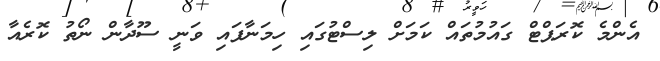
އެންމެ ކޮރަޕްޓް ގައުމުތައް ކަމަށް ލިސްޓުގައި ހިމަނާފައި ވަނީ ސޫދާން ނޯތު ކޮރެއާ